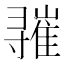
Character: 𪧾